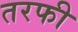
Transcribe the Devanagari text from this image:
तरफी